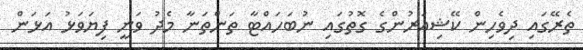
ތެރޭގައި ދިވެހިން ކޭޝިއަރުންގެ ގޮތުގައި ނުބަހައްޓާ ތަންތަނާ މެދު ވަނީ ފިޔަވަޅު އަޅަން